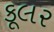
કૂલર